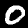
Digit: 0